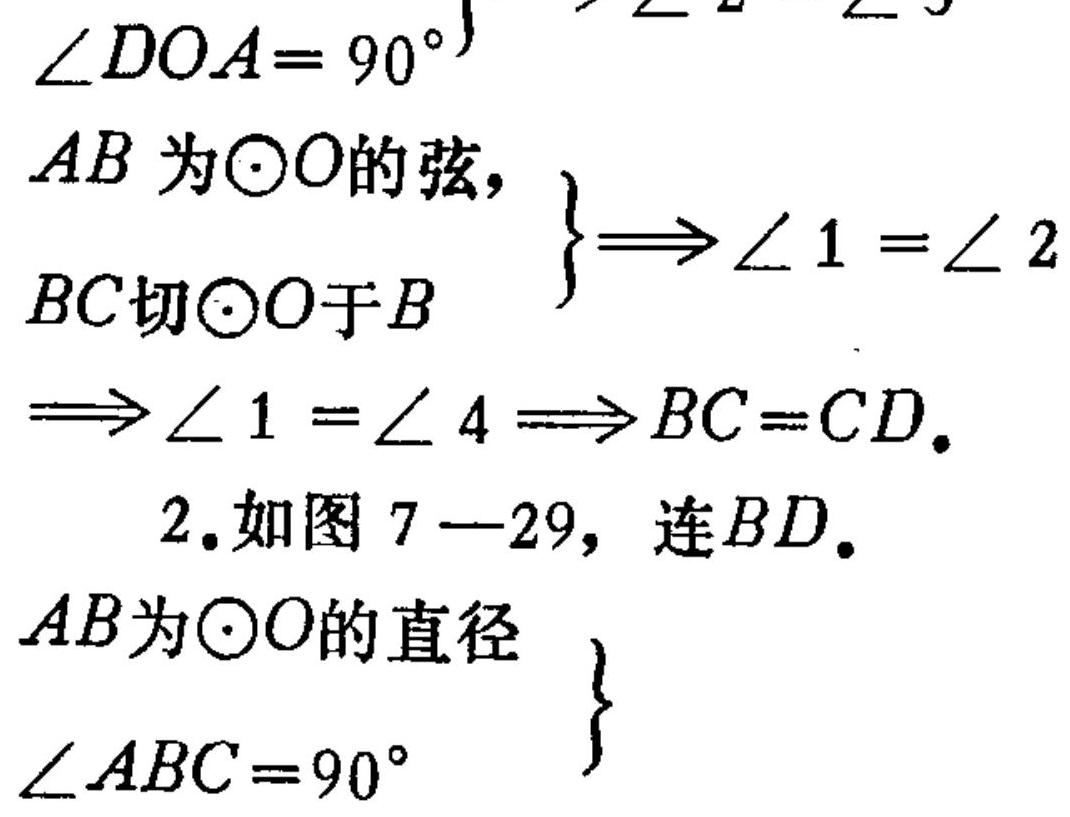
\(\left.\begin{array}{l}\angle DOA = 90^{\circ}\\AB\text{ 为}\odot O\text{的弦},\\BC\text{切}\odot O\text{于}B\end{array}\right\}\Longrightarrow\angle 1=\angle 2\)
\(\Longrightarrow\angle 1=\angle 4\Longrightarrow BC = CD\).
2.如图 \(7 - 29\)，连 \(BD\).
\(\left.\begin{array}{l}AB\text{为}\odot O\text{的直径}\\\angle ABC = 90^{\circ}\end{array}\right\}\)